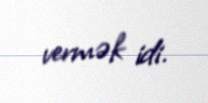
vermək idi.